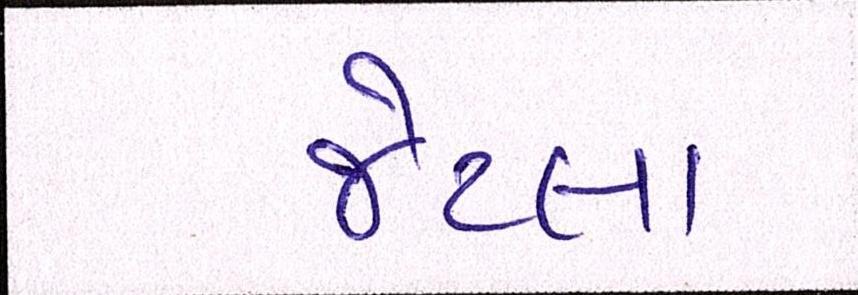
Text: જેટલા